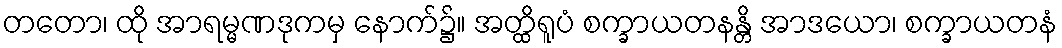
တတော၊ ထို အာရမ္မဏဒုကမှ နောက်၌။ အတ္ထိရူပံ စက္ခာယတနန္တိ အာဒယော၊ စက္ခာယတနံ